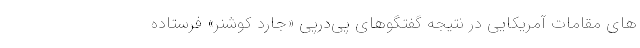
های مقامات آمریکایی در نتیجه گفتگوهای پی‌درپی «جارد کوشنر» فرستاده